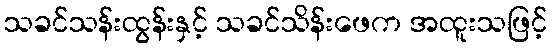
သခင်သန်းထွန်းနှင့် သခင်သိန်းဖေက အထူးသဖြင့်